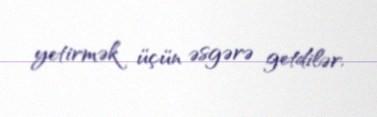
yetirmək üçün əsgərə getdilər.